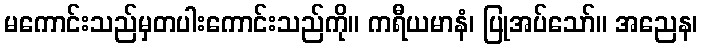
မကောင်းသည်မှတပါးကောင်းသည်ကို။ ကရီယမာနံ၊ ပြုအပ်သော်။ အညေန၊